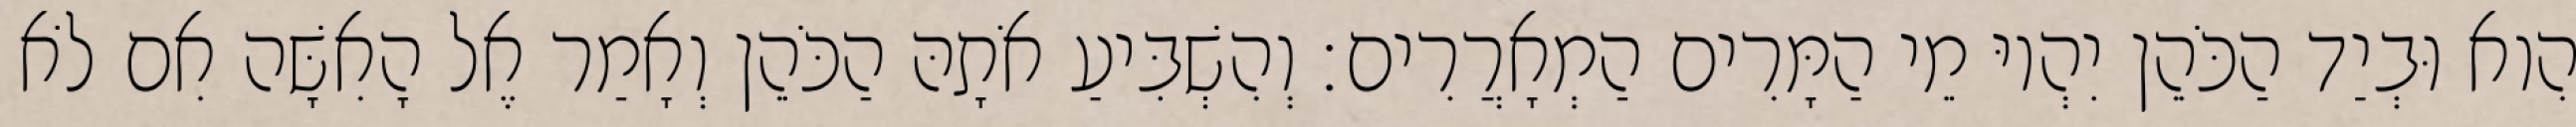
הִוא וּבְיַד הַכֹּהֵן יִהְיוּ מֵי הַמָּרִים הַמְאָרֲרִים׃ וְהִשְׁבִּיעַ אֹתָהּ הַכֹּהֵן וְאָמַר אֶל הָאִשָּׁה אִם לֹא